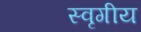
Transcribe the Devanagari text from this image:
स्वृगीय